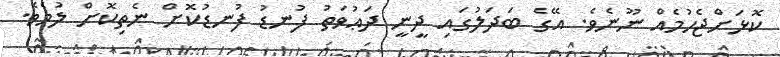
ކޮޅަށްޖެހުމެއް ނޫނެވެ. އޭގެ ބަދަލުގައި ދީނީ ދަޢުވަތު ފުނޑު ފުނޑުކޮށް ނެތިކޮށް ލުމެވެ.